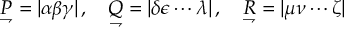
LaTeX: { \underset { \rightharpoondown } { P } } = | \alpha \beta \gamma | \, , \quad { \underset { \rightharpoondown } { Q } } = | \delta \epsilon \cdots \lambda | \, , \quad { \underset { \rightharpoondown } { R } } = | \mu \nu \cdots \zeta |